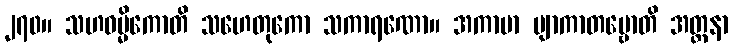
၂၇၀။ သဟဓမ္မိကောတိ သဟေတုကော သကာရဏော။ အကာမာ ဗျာကာတဗ္ဗောတိ အတ္တနာ